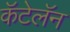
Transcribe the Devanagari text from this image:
कॅटेलॅन